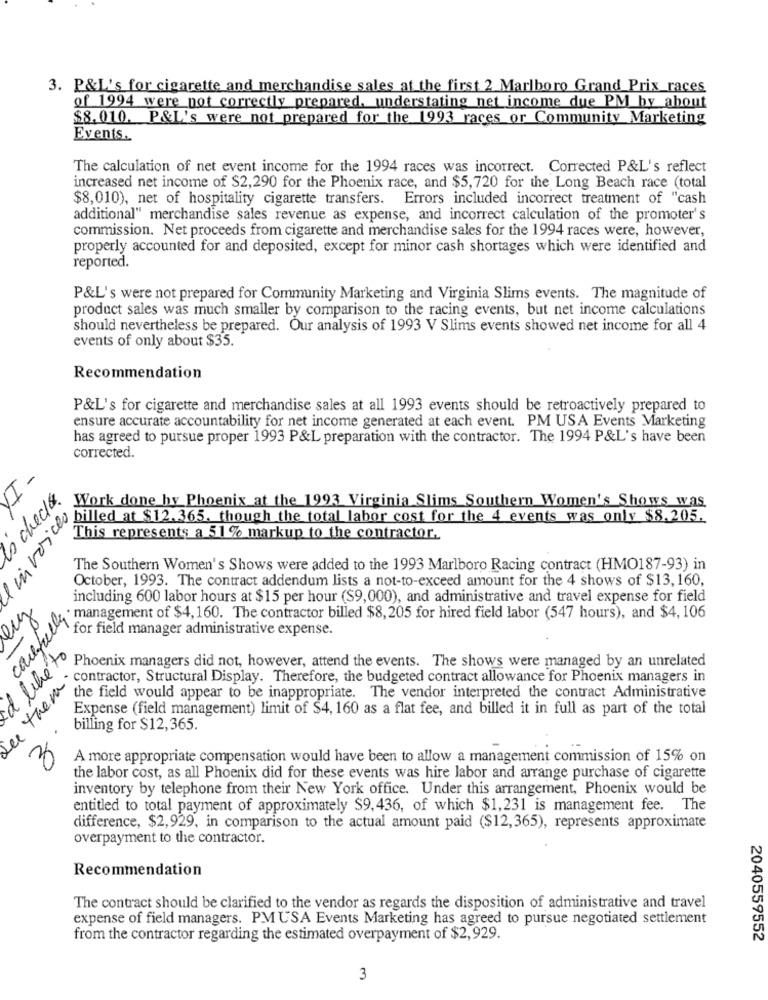
3. P&L's for cigarette and merchandise sales at the first 2 Marlboro Grand Prix races
of 1994 were not correctly prepared. understating net income due PM by about
$8.010. P&L's were not prepared for the 1993 races or Community Marketing
Events.
The calculation of net event income for the 1994 races was incorrect. Corrected P&L's reflect
increased net income of $2,290 for the Phoenix race, and $5,720 for the Long Beach race (total
$8,010), net of hospitality cigarette transfers. Errors included incorrect treatment of "cash
additional" merchandise sales revenue as expense, and incorrect calculation of the promoter's
commission. Net proceeds from cigarette and merchandise sales for the 1994 races were, however,
properly accounted for and deposited, except for minor cash shortages which were identified and
reported.
P&L's were not prepared for Community Marketing and Virginia Slims events. The magnitude of
product sales was much smaller by comparison to the racing events, but net income calculations
should nevertheless be prepared. Our analysis of 1993 V Slims events showed net income for all 4
events of only about $35.
Recommendation
P&L's for cigarette and merchandise sales at all 1993 events should be retroactively prepared to
ensure accurate accountability for net income generated at each event. PM USA Events Marketing
has agreed to pursue proper 1993 P&L preparation with the contractor. The 1994 P&L's have been
corrected.
-
check
l invoices
Work done by Phoenix at the 1993 Virginia Slims Southern Women's Shows was
This represents though the total labor cost for the 4 events was only MAR
This represents a 51 % markup to the contractor.
The Southern Women's Shows were added to the 1993 Marlboro Racing contract (HMO187-93) in
October, 1993. The contract addendum lists a not-to-exceed amount for the 4 shows of $13, 160,
including 600 labor hours at $15 per hour ($9,000), and administrative and travel expense for field
carefully
management of $4,160. The contractor billed $8, 205 for hired field labor (547 hours), and $4, 106
for field manager administrative expense.
a libéto
Phoenix managers did not, however, attend the events. The shows were managed by an unrelated
see them"
- contractor, Structural Display. Therefore, the budgeted contract allowance for Phoenix managers in
the field would appear to be inappropriate. The vendor interpreted the contract Administrative
Expense (field management) limit of $4, 160 as a flat fee, and billed it in full as part of the total
billing for $12,365.
A more appropriate compensation would have been to allow a management commission of 15% on
the labor cost, as all Phoenix did for these events was hire labor and arrange purchase of cigarette
inventory by telephone from their New York office. Under this arrangement, Phoenix would be
entitled to total payment of approximately $9,436, of which $1,231 is management fee. The
difference, $2,929, in comparison to the actual amount paid ($12,365), represents approximate
overpayment to the contractor.
Recommendation
The contract should be clarified to the vendor as regards the disposition of administrative and travel
expense of field managers. PM USA Events Marketing has agreed to pursue negotiated settlement
from the contractor regarding the estimated overpayment of $2,929.
2040559552
3